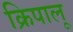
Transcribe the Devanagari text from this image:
क्रिपालू